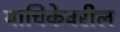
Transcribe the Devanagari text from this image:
याचिकेवरील